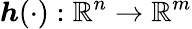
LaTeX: \boldsymbol{h}(\cdot):\mathbb{R}^{n}\to\mathbb{R}^{m}